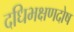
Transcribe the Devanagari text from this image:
दधिभक्षणदोष